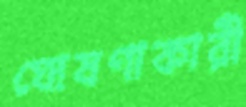
ঘোষণাকারী